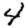
Digit: 4